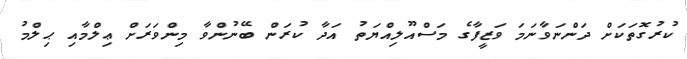
ކުރުގޮތަކަށް ދަންނަވާނަމަ ވަޒީފާގެ މަސްއޫލިއްޔަތު އަދާ ކުރަން ބޭނުންވާ މިންވަރަށް ޢިލްމާއި ޙިލްމު